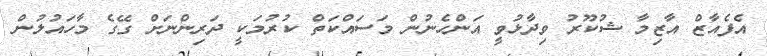
އެފެއާޒް އާޒިމާ ޝުކޫރު ވިދާޅުވީ އަންހެނުން މަސައްކަތް ކުރުމަކީ ދަރިންނަށް ގޭގެ މާހައުލުން